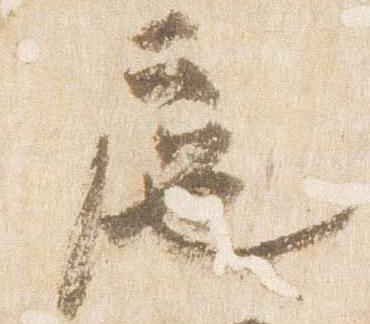
扈